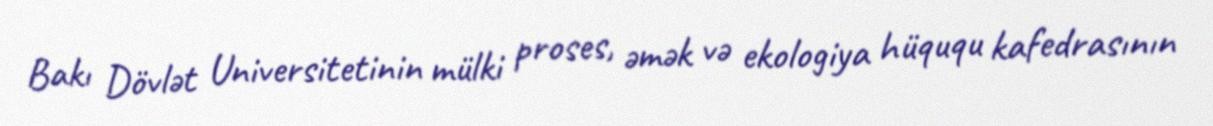
Bakı Dövlət Universitetinin mülki proses, əmək və ekologiya hüququ kafedrasının